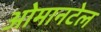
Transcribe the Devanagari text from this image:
ओमानटेल